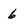
Character: 6